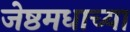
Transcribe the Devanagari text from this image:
जेष्ठमधाच्या